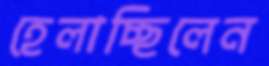
হেলাচ্ছিলেন